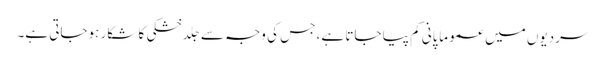
سردیوں میں عموماً پانی کم پیا جاتا ہے، جس کی وجہ سے جِلد خشکی کا شکار ہوجاتی ہے۔